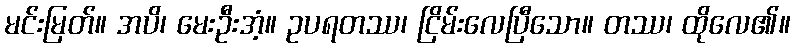
မင်းမြတ်။ အပိ၊ မေးဦးအံ့။ ဥပရတဿ၊ ငြိမ်းလေပြီသော။ တဿ၊ ထိုလေ၏။